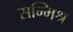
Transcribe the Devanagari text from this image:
सम्‍मिश्र